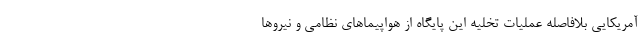
آمریکایی بلافاصله عملیات تخلیه این پایگاه از هواپیماهای نظامی و نیروها